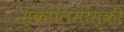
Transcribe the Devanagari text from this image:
स्कोलिमोस्की